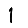
Digit: 1